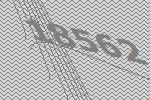
18562